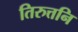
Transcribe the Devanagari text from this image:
तिरुत्तनि